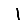
Digit: 1